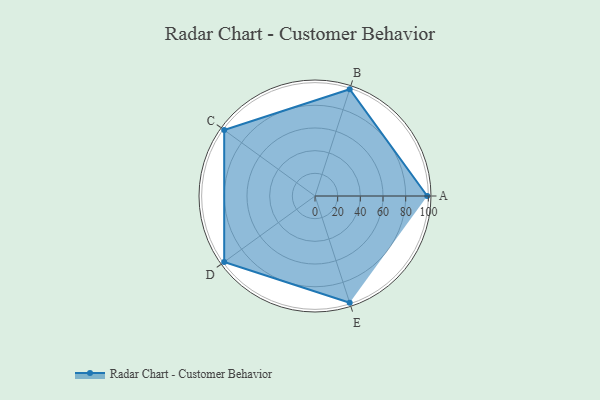
{"axis": {"x": "Skill", "y": "Score"}, "legend": ["Profile"], "data": [{"x": "A", "y": 99, "type": "Profile"}, {"x": "B", "y": 99, "type": "Profile"}, {"x": "C", "y": 99, "type": "Profile"}, {"x": "D", "y": 99, "type": "Profile"}, {"x": "E", "y": 99, "type": "Profile"}]}